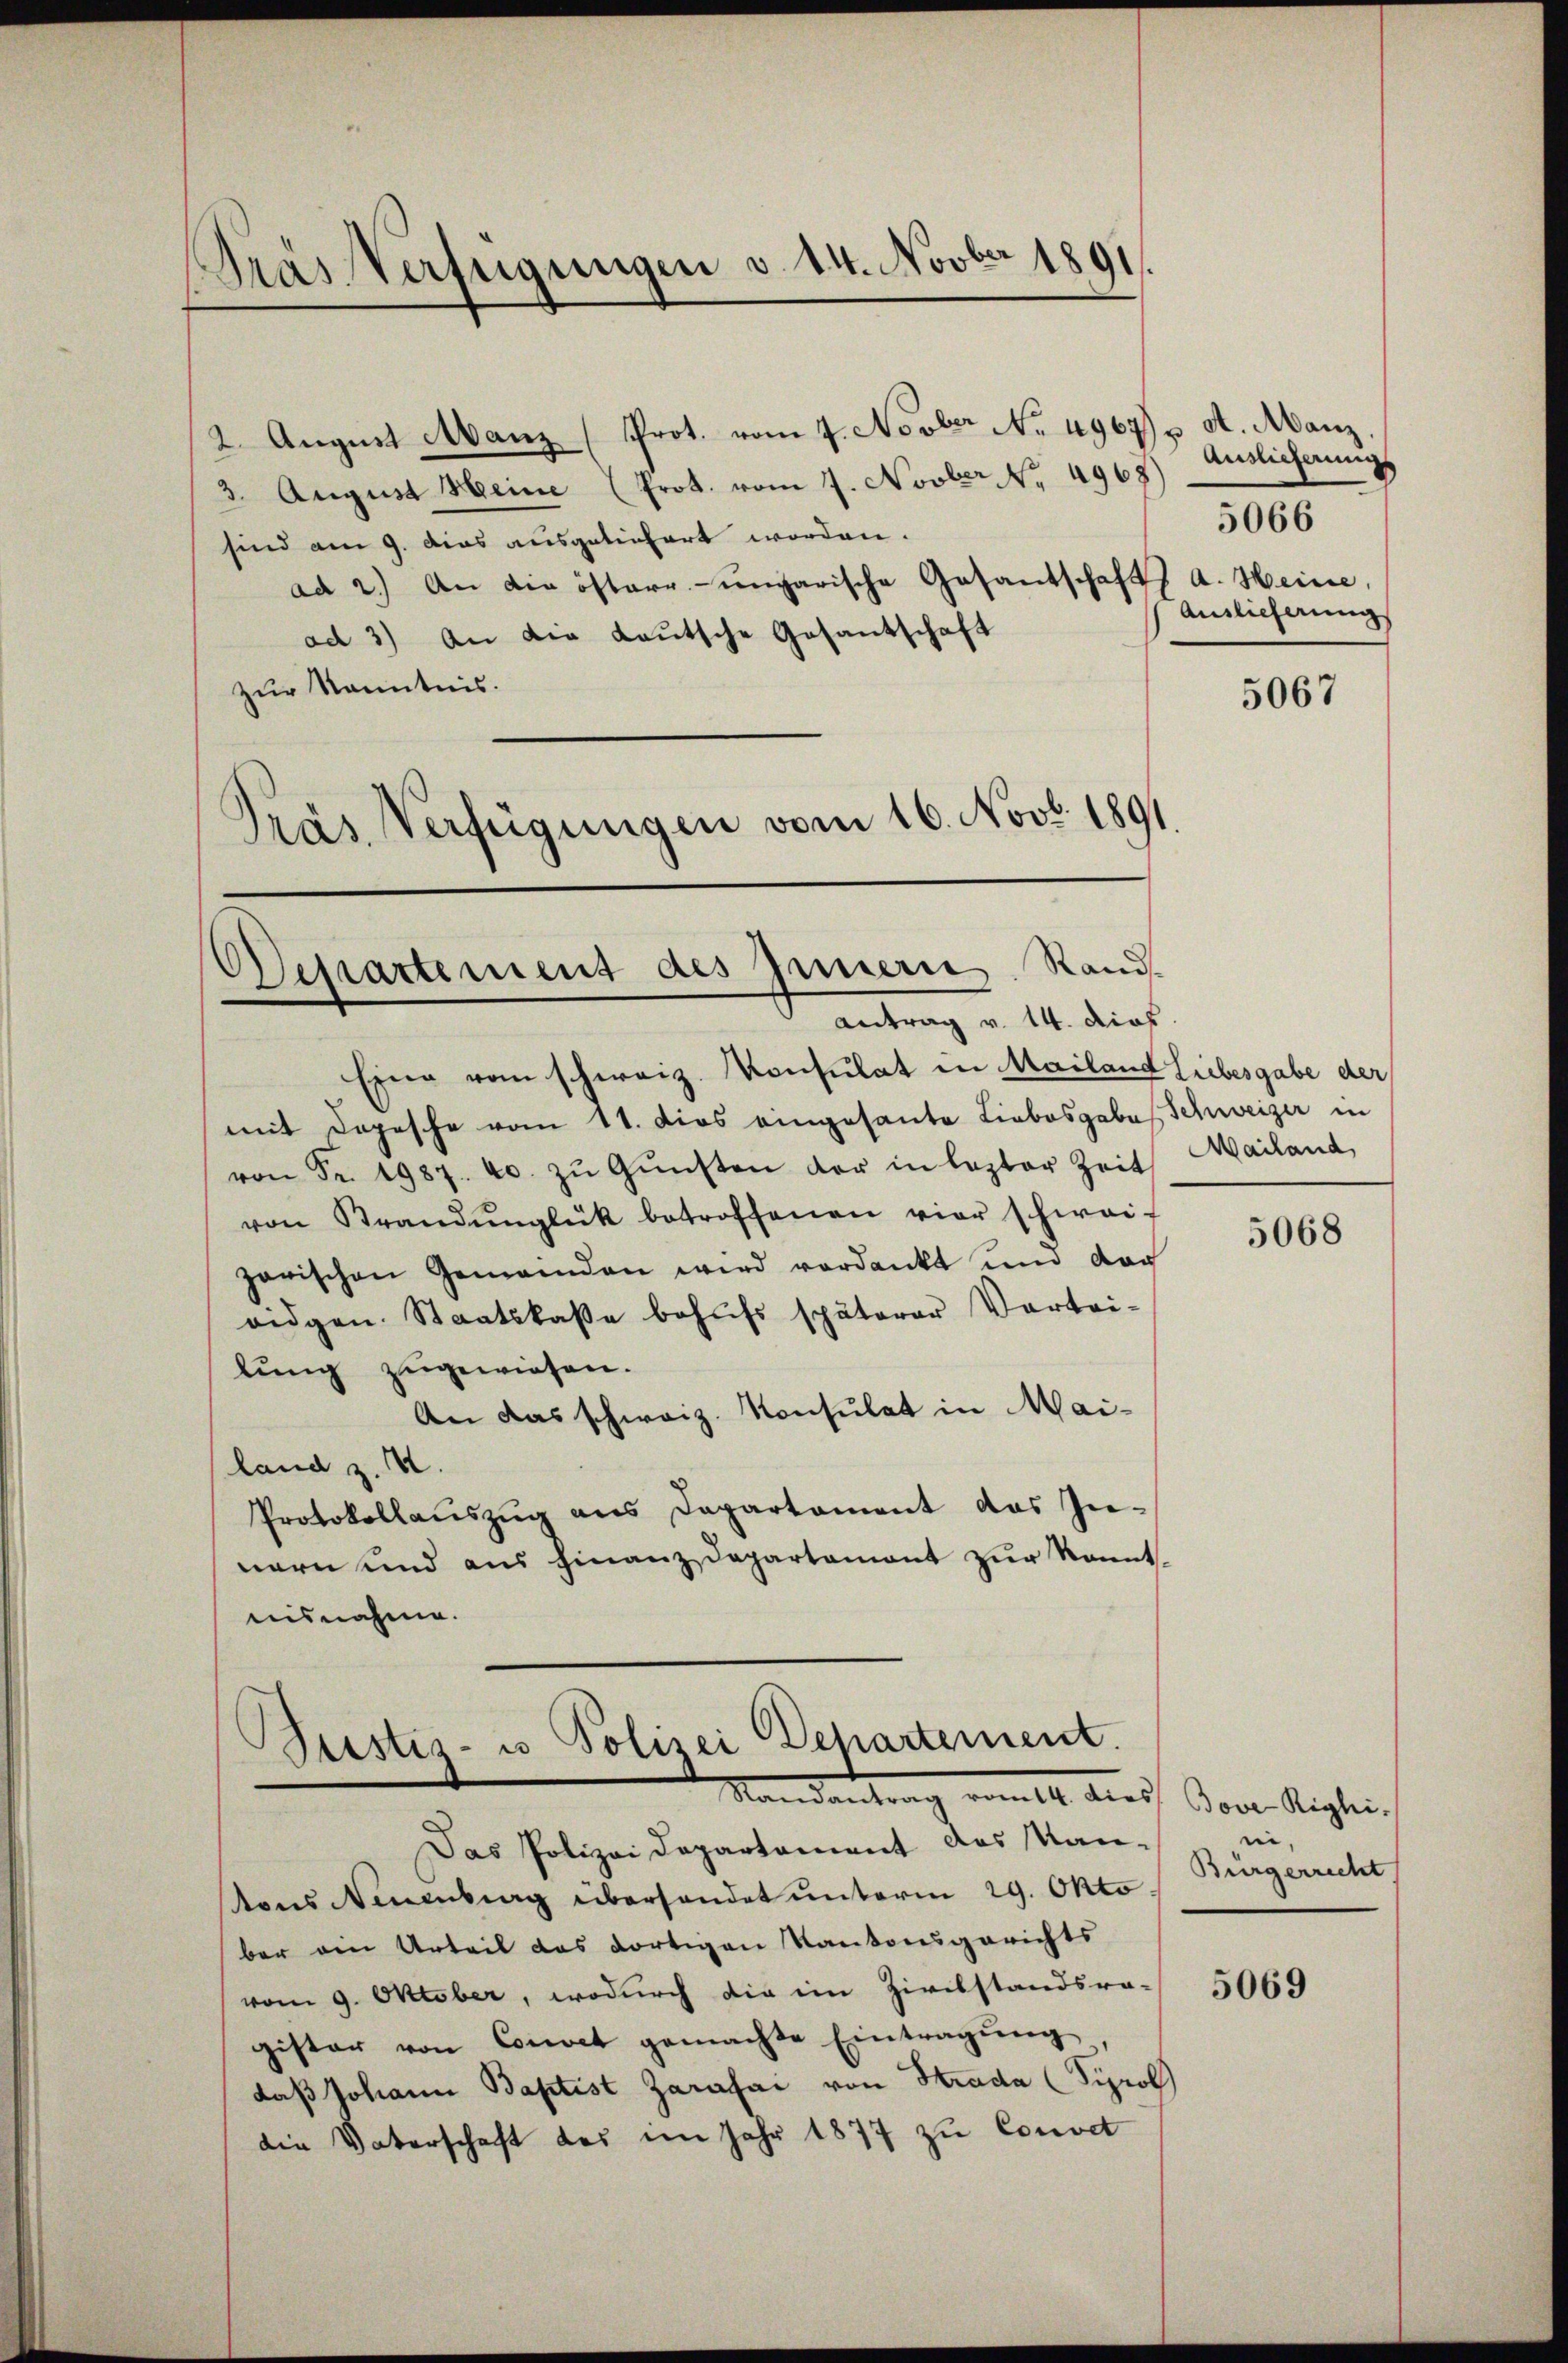
Pras Verfügungen v. 14. Novber 1891.

2. August Manz (Prot. vom 4. Novber No. 4967) u. A. Manz
3. August Heine (Prot. vom 7. Novber No. 4968)
sind am 9. dies ausgeliefert worden.
ad 2.) An die österr.-ungarische Gesantschaft a. Heine,
ad 3) An die Lautsche Gesantschaft
zur Kenntnis.
Prás Verfügungen vom 16. Novb. 1891

Dessartement des Innern Rand-
Antrag v. 14. dies

Eine vom schweiz. Konsulat in Mailand Liebesgabe der
mit Depesche vom 11. dies eingesante Liebesgabe Schweizer in
von Fr. 1987. 40. zŭ Gŭnsten der in lezter Zeit Mailand,
von Brandŭnglück betroffenen vier schwei-
zarischen Gemeinden wird verdankt und dar
ridgen. Staatskasse behŭfs späterer Vortei-
lung zugewiesen.
An das schweiz. Konsulat in Mai-
land z. B.
Protokollauszug aus Departament das In-
nern und aus Finanz Departemont zur Kenntnisnahme.

Stestiz- u Polizei Departement.
Mandanten vom 14. dies Jove Aiglei

Das Polizei Departament das Kan-
ons Neuenburg überhandet unterm 29. Okto
ber den Urteil das dortigen Kantonsgerichts
vom 9. Oktober, wodurch die im Zivilstandsra-
gister von Convet gemachte Eintragŭng
daß Johann Baptist Zarasai von Strada (Sprol
die Vaterschaft des im Jahr 1877 zu Convet

Auslieferung
Auslieferung

5066

5067

5068

e
Bürgerrecht

5069